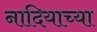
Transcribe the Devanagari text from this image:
नादियाच्या